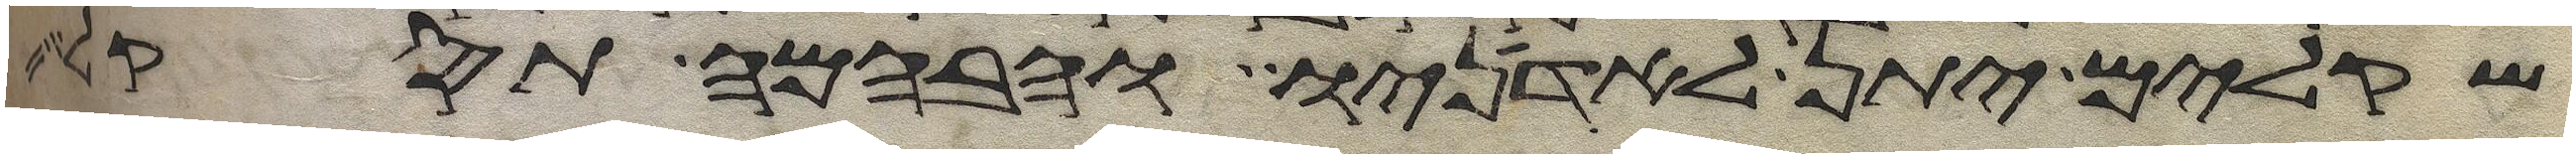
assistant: שקלים יתן לאדניו והבהמה תסקל